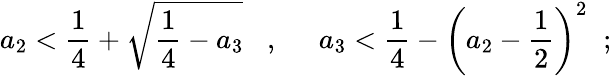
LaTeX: a_{2}<\frac{1}{4}+\sqrt{\frac{1}{4}-a_{3}}\; \; \; ,\; \; \; \; \; a_{3}<\frac{1}{4}-\left(a_{2}-\frac{1}{2}\right)^{2}\; \; ;